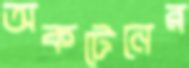
অকটেনের